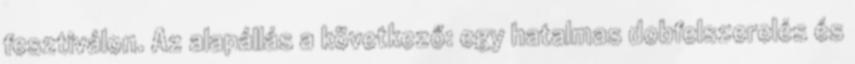
fesztiválon. Az alapállás a következő: egy hatalmas dobfelszerelés és